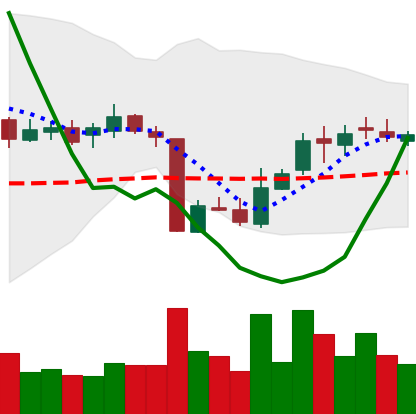
Ticker: XLM-USD
Chart end date: 2018-10-22
Forward return: -5.612%
Label: down_5_7